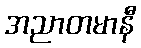
အညာတမာနီ